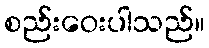
စည်းဝေးပါသည်။